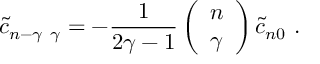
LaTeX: { \tilde { c } } _ { n - \gamma \ \gamma } = - { \frac { 1 } { 2 \gamma - 1 } } \left( \begin{array} { l } { { n } } \\ { { \gamma } } \end{array} \right) { \tilde { c } } _ { n 0 } \ .